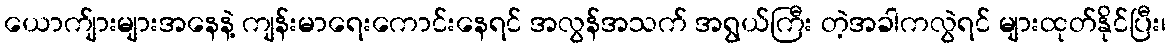
ယောက်ျားများအနေနဲ့ ကျန်းမာရေးကောင်းနေရင် အလွန်အသက် အရွယ်ကြီး တဲ့အခါကလွဲရင် များထုတ်နိုင်ပြီး၊